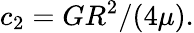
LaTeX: c_{2}=GR^{2}/(4\mu).